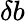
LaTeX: \delta b